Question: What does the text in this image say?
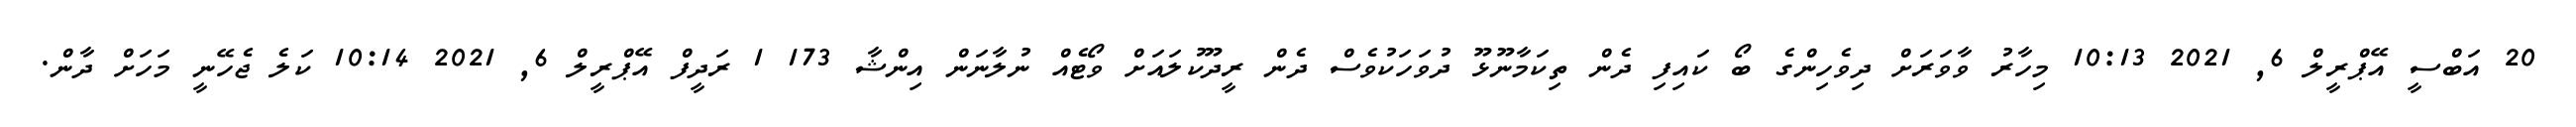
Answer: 20 އަބްސީ އޭޕްރީލް 6, 2021 10:13 މިހާރު ވާވަރަށް ދިވެހިންގެ ބޯ ކައިފި ދެން ތިކަމާނޫޅޫ ދުވަހަކުވެސް ދެން ރީދޫކުލައަށް ވޯޓެއް ނުލާނަން އިންޝާ 173 1 ރަދީފް އޭޕްރީލް 6, 2021 10:14 ކަލެ ޖެހޭނީ މަހަށް ދާން.